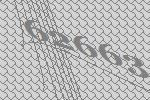
62663